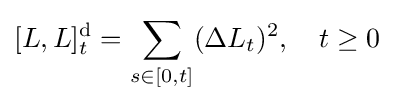
[L,L]_{t}^{\mathrm {d} }=\sum _{s\in [0,t]}(\Delta L_{t})^{2},\quad t\geq 0